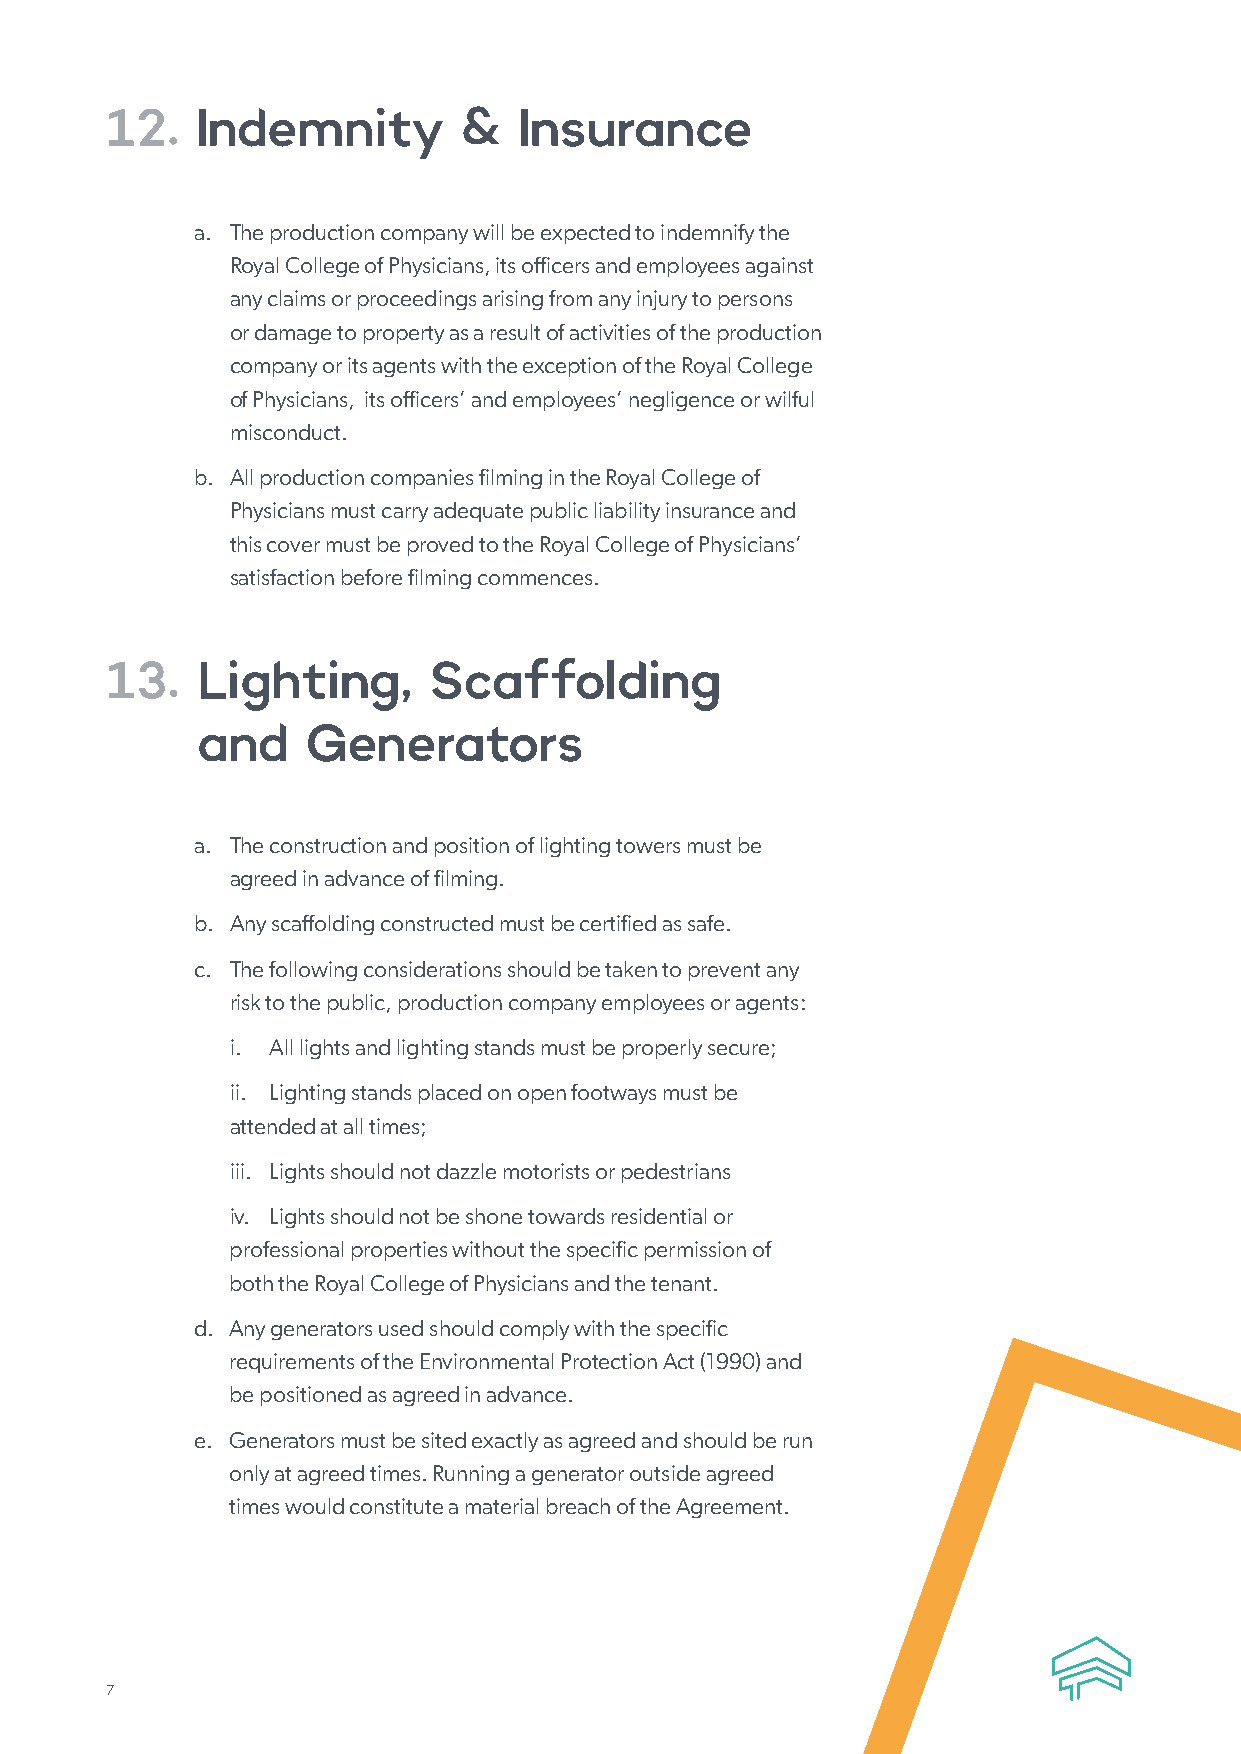
12.   Indemnity        &   Insurance
 a. The production company will be expected to indemnify the
 Royal College of Physicians, its officers and employees against
 any claims or proceedings arising from any injury to persons
 or damage to property as a result of activities of the production
 company or its agents with the exception of the Royal College
 of Physicians, its officers’ and employees’ negligence or wilful
 misconduct.
 b. All production companies filming in the Royal College of
 Physicians must carry adequate public liability insurance and
 this cover must be proved to the Royal College of Physicians’
 satisfaction before filming commences.
 13.   Lighting,      Scaffolding
 and    Generators
 a. The construction and position of lighting towers must be
 agreed in advance of filming.
 b. Any scaffolding constructed must be certified as safe.
 c. The following considerations should be taken to prevent any
 risk to the public, production company employees or agents:
 i. All lights and lighting stands must be properly secure;
 ii. Lighting stands placed on open footways must be
 attended at all times;
 iii. Lights should not dazzle motorists or pedestrians
 iv. Lights should not be shone towards residential or
 professional properties without the specific permission of
 both the Royal College of Physicians and the tenant.
 d. Any generators used should comply with the specific
 requirements of the Environmental Protection Act (1990) and
 be positioned as agreed in advance.
 e. Generators must be sited exactly as agreed and should be run
 only at agreed times. Running a generator outside agreed
 times would constitute a material breach of the Agreement.
 7